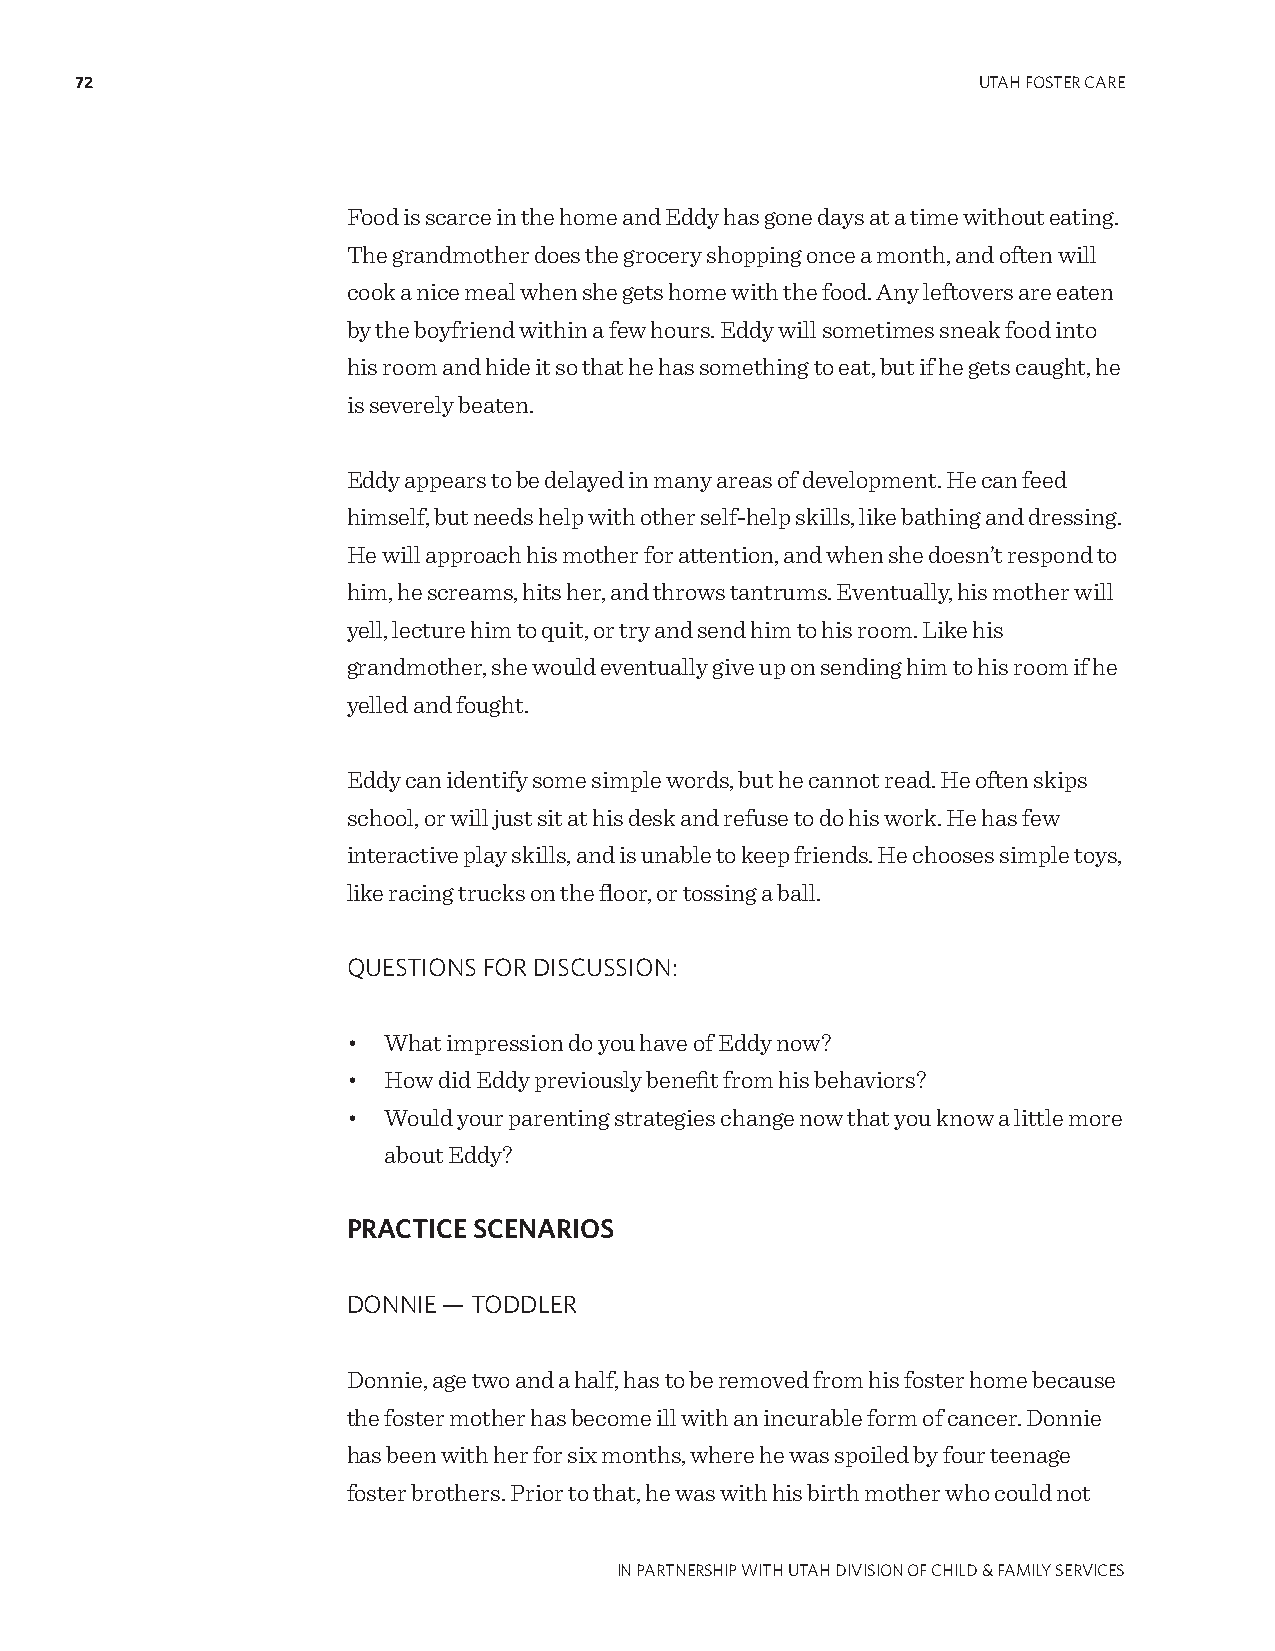
72                                                          UTAH FOSTER CARE
 Food is scarce in the home and Eddy has gone days at a time without eating.
 The grandmother does the grocery shopping once a month, and often will
 cook a nice meal when she gets home with the food. Any leftovers are eaten
 by the boyfriend within a few hours. Eddy will sometimes sneak food into
 his room and hide it so that he has something to eat, but if he gets caught, he
 is severely beaten.
 Eddy appears to be delayed in many areas of development. He can feed
 himself, but needs help with other self-help skills, like bathing and dressing.
 He will approach his mother for attention, and when she doesn’t respond to
 him, he screams, hits her, and throws tantrums. Eventually, his mother will
 yell, lecture him to quit, or try and send him to his room. Like his
 grandmother, she would eventually give up on sending him to his room if he
 yelled and fought.
 Eddy can identify some simple words, but he cannot read. He often skips
 school, or will just sit at his desk and refuse to do his work. He has few
 interactive play skills, and is unable to keep friends. He chooses simple toys,
 like racing trucks on the floor, or tossing a ball.
 QUESTIONS FOR DISCUSSION:
 • What impression do you have of Eddy now?
 • How did Eddy previously benefit from his behaviors?
 • Would your parenting strategies change now that you know a little more
 about Eddy?
 PRACTICE SCENARIOS
 DONNIE — TODDLER
 Donnie, age two and a half, has to be removed from his foster home because
 the foster mother has become ill with an incurable form of cancer. Donnie
 has been with her for six months, where he was spoiled by four teenage
 foster brothers. Prior to that, he was with his birth mother who could not
 IN PARTNERSHIP WITH UTAH DIVISION OF CHILD & FAMILY SERVICES